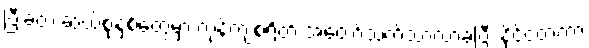
ပြီးခဲ့တဲ့ ဆယ်စုနှစ်တွေမှာ ကုန်ကျစရိတ် အတော်သက်သာလာခဲ့ပြီး နိုင်ငံတကာ